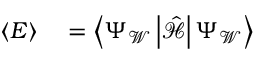
\begin{array} { r l } { \langle E \rangle } & { { } = \left\langle \Psi _ { \mathcal { W } } \left| \hat { \mathcal { H } } \right| \Psi _ { \mathcal { W } } \right\rangle } \end{array}